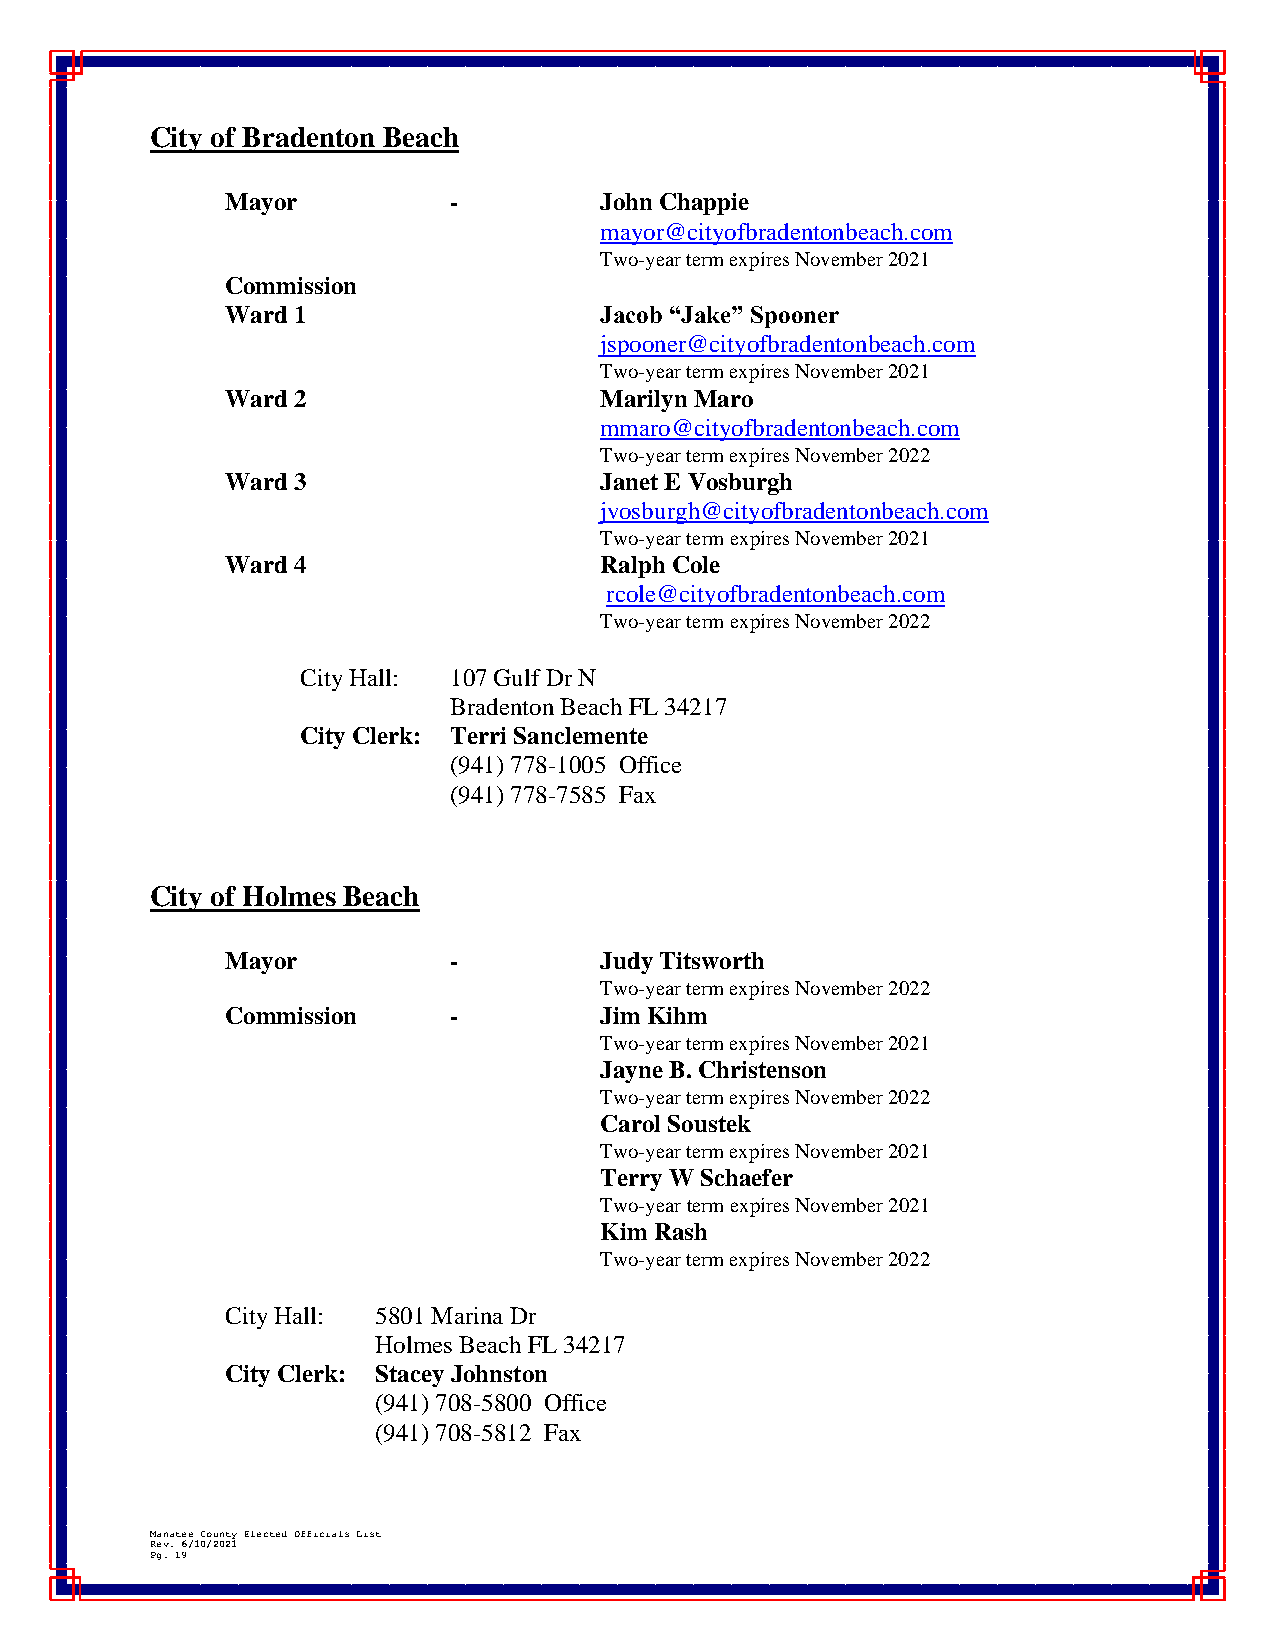
City of Bradenton Beach
 Mayor          -         John Chappie
 mayor@cityofbradentonbeach.com
 Two-year term expires November 2021
 Commission
 Ward 1                   Jacob “Jake” Spooner
 jspooner@cityofbradentonbeach.com
 Two-year term expires November 2021
 Ward 2                   Marilyn Maro
 mmaro@cityofbradentonbeach.com
 Two-year term expires November 2022
 Ward 3                   Janet E Vosburgh
 jvosburgh@cityofbradentonbeach.com
 Two-year term expires November 2021
 Ward 4                   Ralph Cole
 rcole@cityofbradentonbeach.com
 Two-year term expires November 2022
 City Hall: 107 Gulf Dr N
 Bradenton Beach FL 34217
 City Clerk: Terri Sanclemente
 (941) 778-1005 Office
 (941) 778-7585 Fax
 City of Holmes Beach
 Mayor          -         Judy Titsworth
 Two-year term expires November 2022
 Commission     -         Jim Kihm
 Two-year term expires November 2021
 Jayne B. Christenson
 Two-year term expires November 2022
 Carol Soustek
 Two-year term expires November 2021
 Terry W Schaefer
 Two-year term expires November 2021
 Kim Rash
 Two-year term expires November 2022
 City Hall: 5801 Marina Dr
 Holmes Beach FL 34217
 City Clerk: Stacey Johnston
 (941) 708-5800 Office
 (941) 708-5812 Fax
 Manatee County Elected Officials List
 Rev. 6/10/2021
 Pg. 19